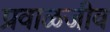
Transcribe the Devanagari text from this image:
प्रवाळजीव